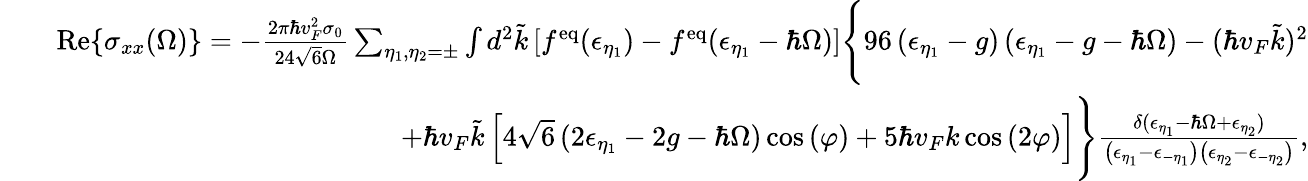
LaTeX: \begin{array}{rlr}&{}&{\mathrm{Re}{\left\{ \sigma_{xx}(\Omega)\right\} }=-\frac{2\pi\hbar v_{F}^{2}\sigma_{0}}{24\sqrt{6}\Omega}\sum_{\eta_{1},\eta_{2}=\pm}\int d^{2}\tilde{k}\left[f^{\mathrm{eq}}(\epsilon_{\eta_{1}})-f^{\mathrm{eq}}(\epsilon_{\eta_{1}}-\hbar\Omega)\right]\Bigg\{ 96\left(\epsilon_{\eta_{1}}-g\right)\left(\epsilon_{\eta_{1}}-g-\hbar\Omega\right)-(\hbar v_{F}\tilde{k})^{2}}\\ &{}&{+\hbar v_{F}\tilde{k}\left[4\sqrt{6}\left(2\epsilon_{\eta_{1}}-2g-\hbar\Omega\right)\cos{(\varphi)}+5\hbar v_{F}k\cos{(2\varphi)}\right]\Bigg\} \frac{\delta(\epsilon_{\eta_{1}}-\hbar\Omega+\epsilon_{\eta_{2}})}{\left(\epsilon_{\eta_{1}}-\epsilon_{-\eta_{1}}\right)\left(\epsilon_{\eta_{2}}-\epsilon_{-\eta_{2}}\right)},}\end{array}